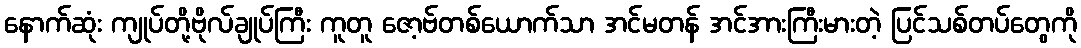
နောက်ဆုံး ကျုပ်တို့ဗိုလ်ချုပ်ကြီး ကူတူ ဇော့ဗ်တစ်ယောက်သာ အင်မတန် အင်အားကြီးမားတဲ့ ပြင်သစ်တပ်တွေကို